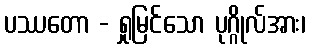
ပဿတော - ရှုမြင်သော ပုဂ္ဂိုလ်အား၊